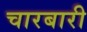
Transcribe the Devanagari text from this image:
चारबारी